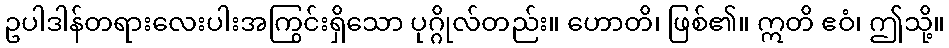
ဥပါဒါန်တရားလေးပါးအကြွင်းရှိသော ပုဂ္ဂိုလ်တည်း။ ဟောတိ၊ ဖြစ်၏။ ဣတိ ဧဝံ၊ ဤသို့။